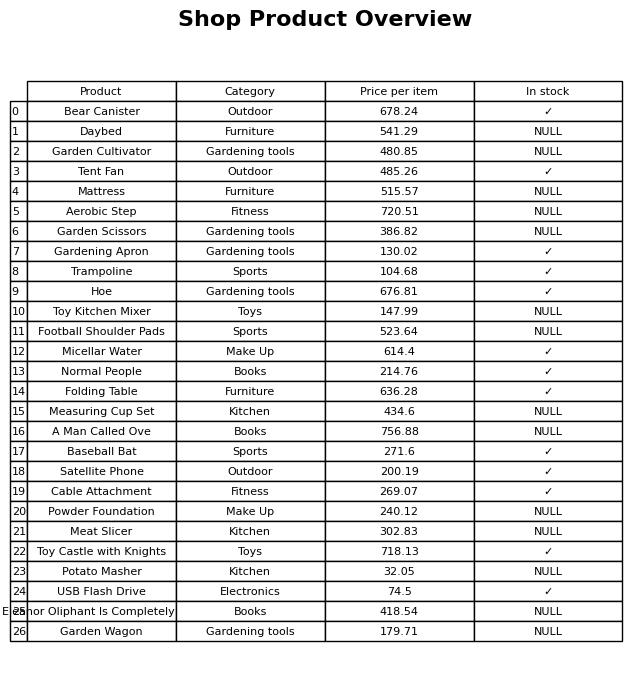
question: What is the price for Garden Cultivator?
answer: The price of Garden Cultivator is 480.85.